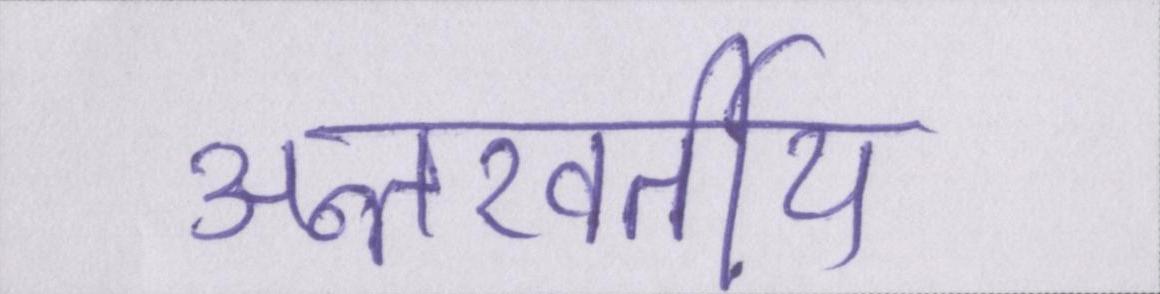
अन्तरवर्तीय